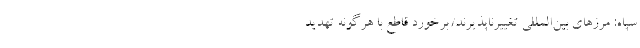
سپاه: مرزهای بین‌المللی تغییرناپذیرند/ برخورد قاطع با هرگونه تهدید